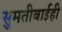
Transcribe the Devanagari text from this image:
सुमतीबाईही